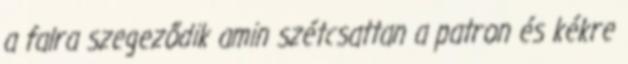
a falra szegeződik amin szétcsattan a patron és kékre